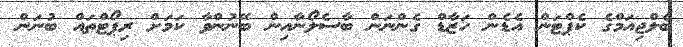
ބެލްޖިއަމްގެ ކެޕްޓަން އެޑެން ހަޒާޑް ގެންނަން ބާސެލޯނާއިން ބޭނުންވާ ކަމަށް ރިޕޯޓްތައް ބުނަން